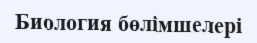
Биология бөлімшелері